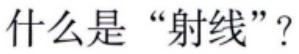
什么是“射线”？